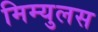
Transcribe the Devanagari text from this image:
मिम्युलस